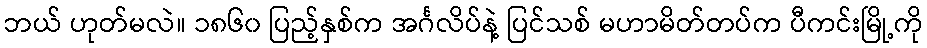
ဘယ် ဟုတ်မလဲ။ ၁၈၆၀ ပြည့်နှစ်က အင်္ဂလိပ်နဲ့ ပြင်သစ် မဟာမိတ်တပ်က ပီကင်းမြို့ကို